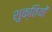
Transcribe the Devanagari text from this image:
शुक्तियों